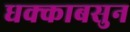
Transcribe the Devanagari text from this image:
धक्काबसुन